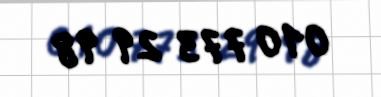
010 773 29 98